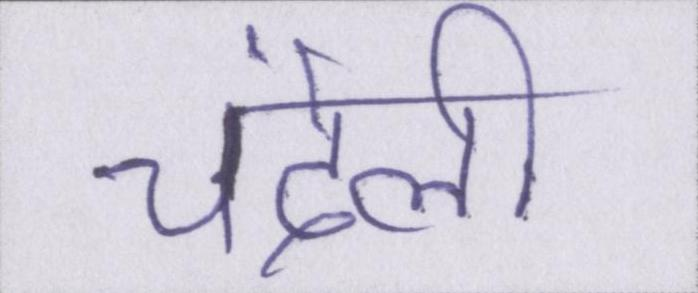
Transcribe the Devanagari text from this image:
चंदेली